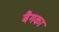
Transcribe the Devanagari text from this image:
बैगका